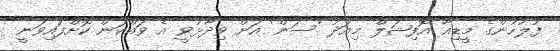
ފުލުހުންގެ މީޑިއާ އޮފިޝަލް މިއަދު 'ސަން' އަށް ވިދާޅުވީ އެ ވައްކަން ކޮށްފައިވަނީ